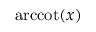
\operatorname { a r c c o t } ( x )